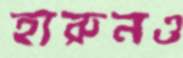
হারুনও